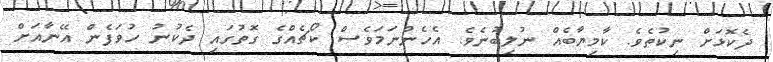
ދެކޮޅަށް ނިކުތެވެ. ކާމިޔާބެއް ނުލިބުނެވެ. އެހެންނަމަވެސް ކޯޗެއްގެ ގޮތުގައި ދެކުނު ހުވަފެން އޭނާއަށް